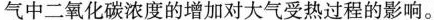
气中二氧化碳浓度的增加对大气受热过程的影响。